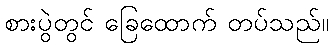
စားပွဲတွင် ခြေထောက် တပ်သည်။